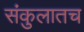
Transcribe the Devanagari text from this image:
संकुलातच